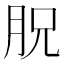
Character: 𣍦